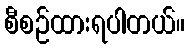
စီစဉ်ထားရပါတယ်။